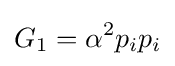
G_{1}=\alpha ^{2}p_{i}p_{i}